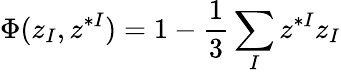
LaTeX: \Phi(z_{I},z^{*I})=1-{\frac{1}{3}}\sum_{I}z^{*I}z_{I}